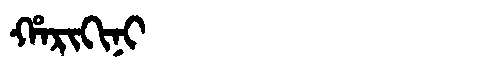
Manchu: ᡥᠠᡵᡳᡴᡳᠨᡳ
Romanization: HARIKINI